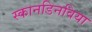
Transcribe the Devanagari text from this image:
स्कानडिनविया